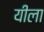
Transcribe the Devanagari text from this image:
यीला